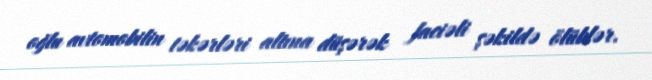
oğlu avtomobilin təkərləri altına düşərək faciəli şəkildə ölüblər.